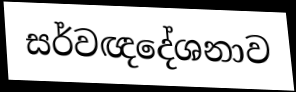
සර්වඥදේශනාව